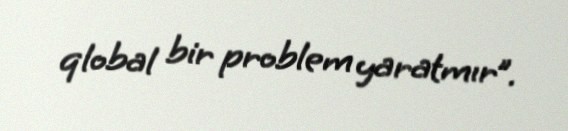
qlobal bir problem yaratmır”.